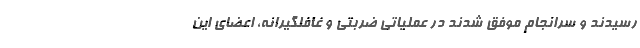
رسیدند و سرانجام موفق شدند در عملیاتی ضربتی و غافلگیرانه، اعضای این